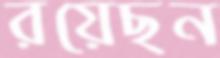
রয়েছন